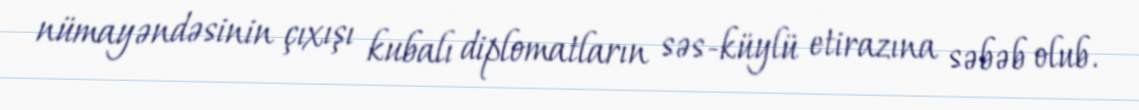
nümayəndəsinin çıxışı kubalı diplomatların səs-küylü etirazına səbəb olub.